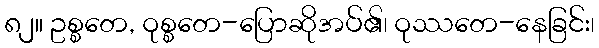
၈၂။ ဥစ္စတေ, ဝုစ္စတေ-ပြောဆိုအပ်၏၊ ဝုဿတေ-နေခြင်း၊